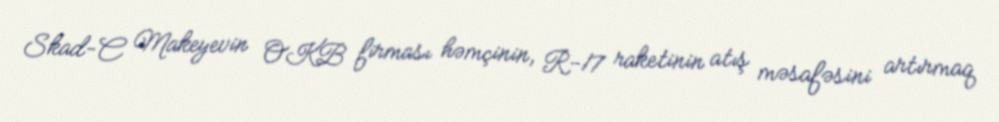
Skad-C Makeyevin OKB firması həmçinin, R-17 raketinin atış məsafəsini artırmaq